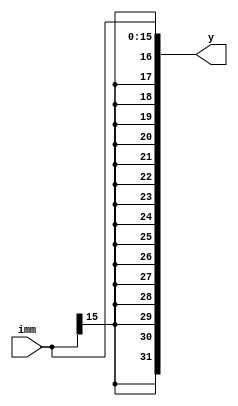
`timescale 1ns / 1ps

//signal extend immediate:
module extendNum(imm, y);
  input [15:0] imm;
  output [31:0] y;
  //imm16
  assign y = {{16{imm[15]}}, imm};
endmodule